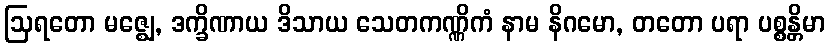
ဩရတော မဇ္ဈေ, ဒက္ခိဏာယ ဒိသာယ သေတကဏ္ဏိကံ နာမ နိဂမော, တတော ပရာ ပစ္စန္တိမာ